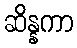
ဆိန္နကာ